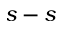
s - s